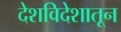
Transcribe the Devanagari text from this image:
देशविदेशातून